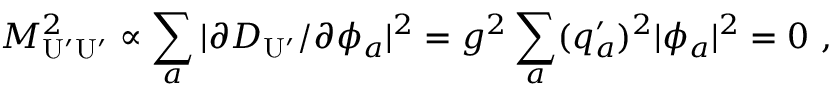
{ \cal M } _ { \mathrm { U ^ { \prime } U ^ { \prime } } } ^ { 2 } \propto \sum _ { a } | \partial D _ { \mathrm { U ^ { \prime } } } / \partial \phi _ { a } | ^ { 2 } = g ^ { 2 } \sum _ { a } ( q _ { a } ^ { \prime } ) ^ { 2 } | \phi _ { a } | ^ { 2 } = 0 \ ,